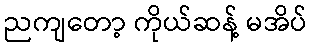
ညကျတော့ ကိုယ်ဆန့် မအိပ်